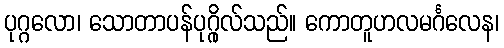
ပုဂ္ဂလော၊ သောတာပန်ပုဂ္ဂိုလ်သည်။ ကောတူဟလမင်္ဂလေန၊